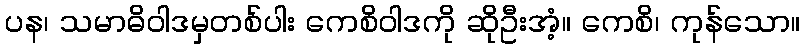
ပန၊ သမာဓိဝါဒမှတစ်ပါး ကေစိဝါဒကို ဆိုဦးအံ့။ ကေစိ၊ ကုန်သော။